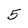
Character: 5